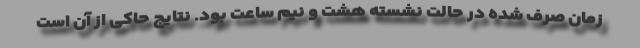
زمان صرف شده در حالت نشسته هشت و نیم ساعت بود. نتایج حاکی از آن است